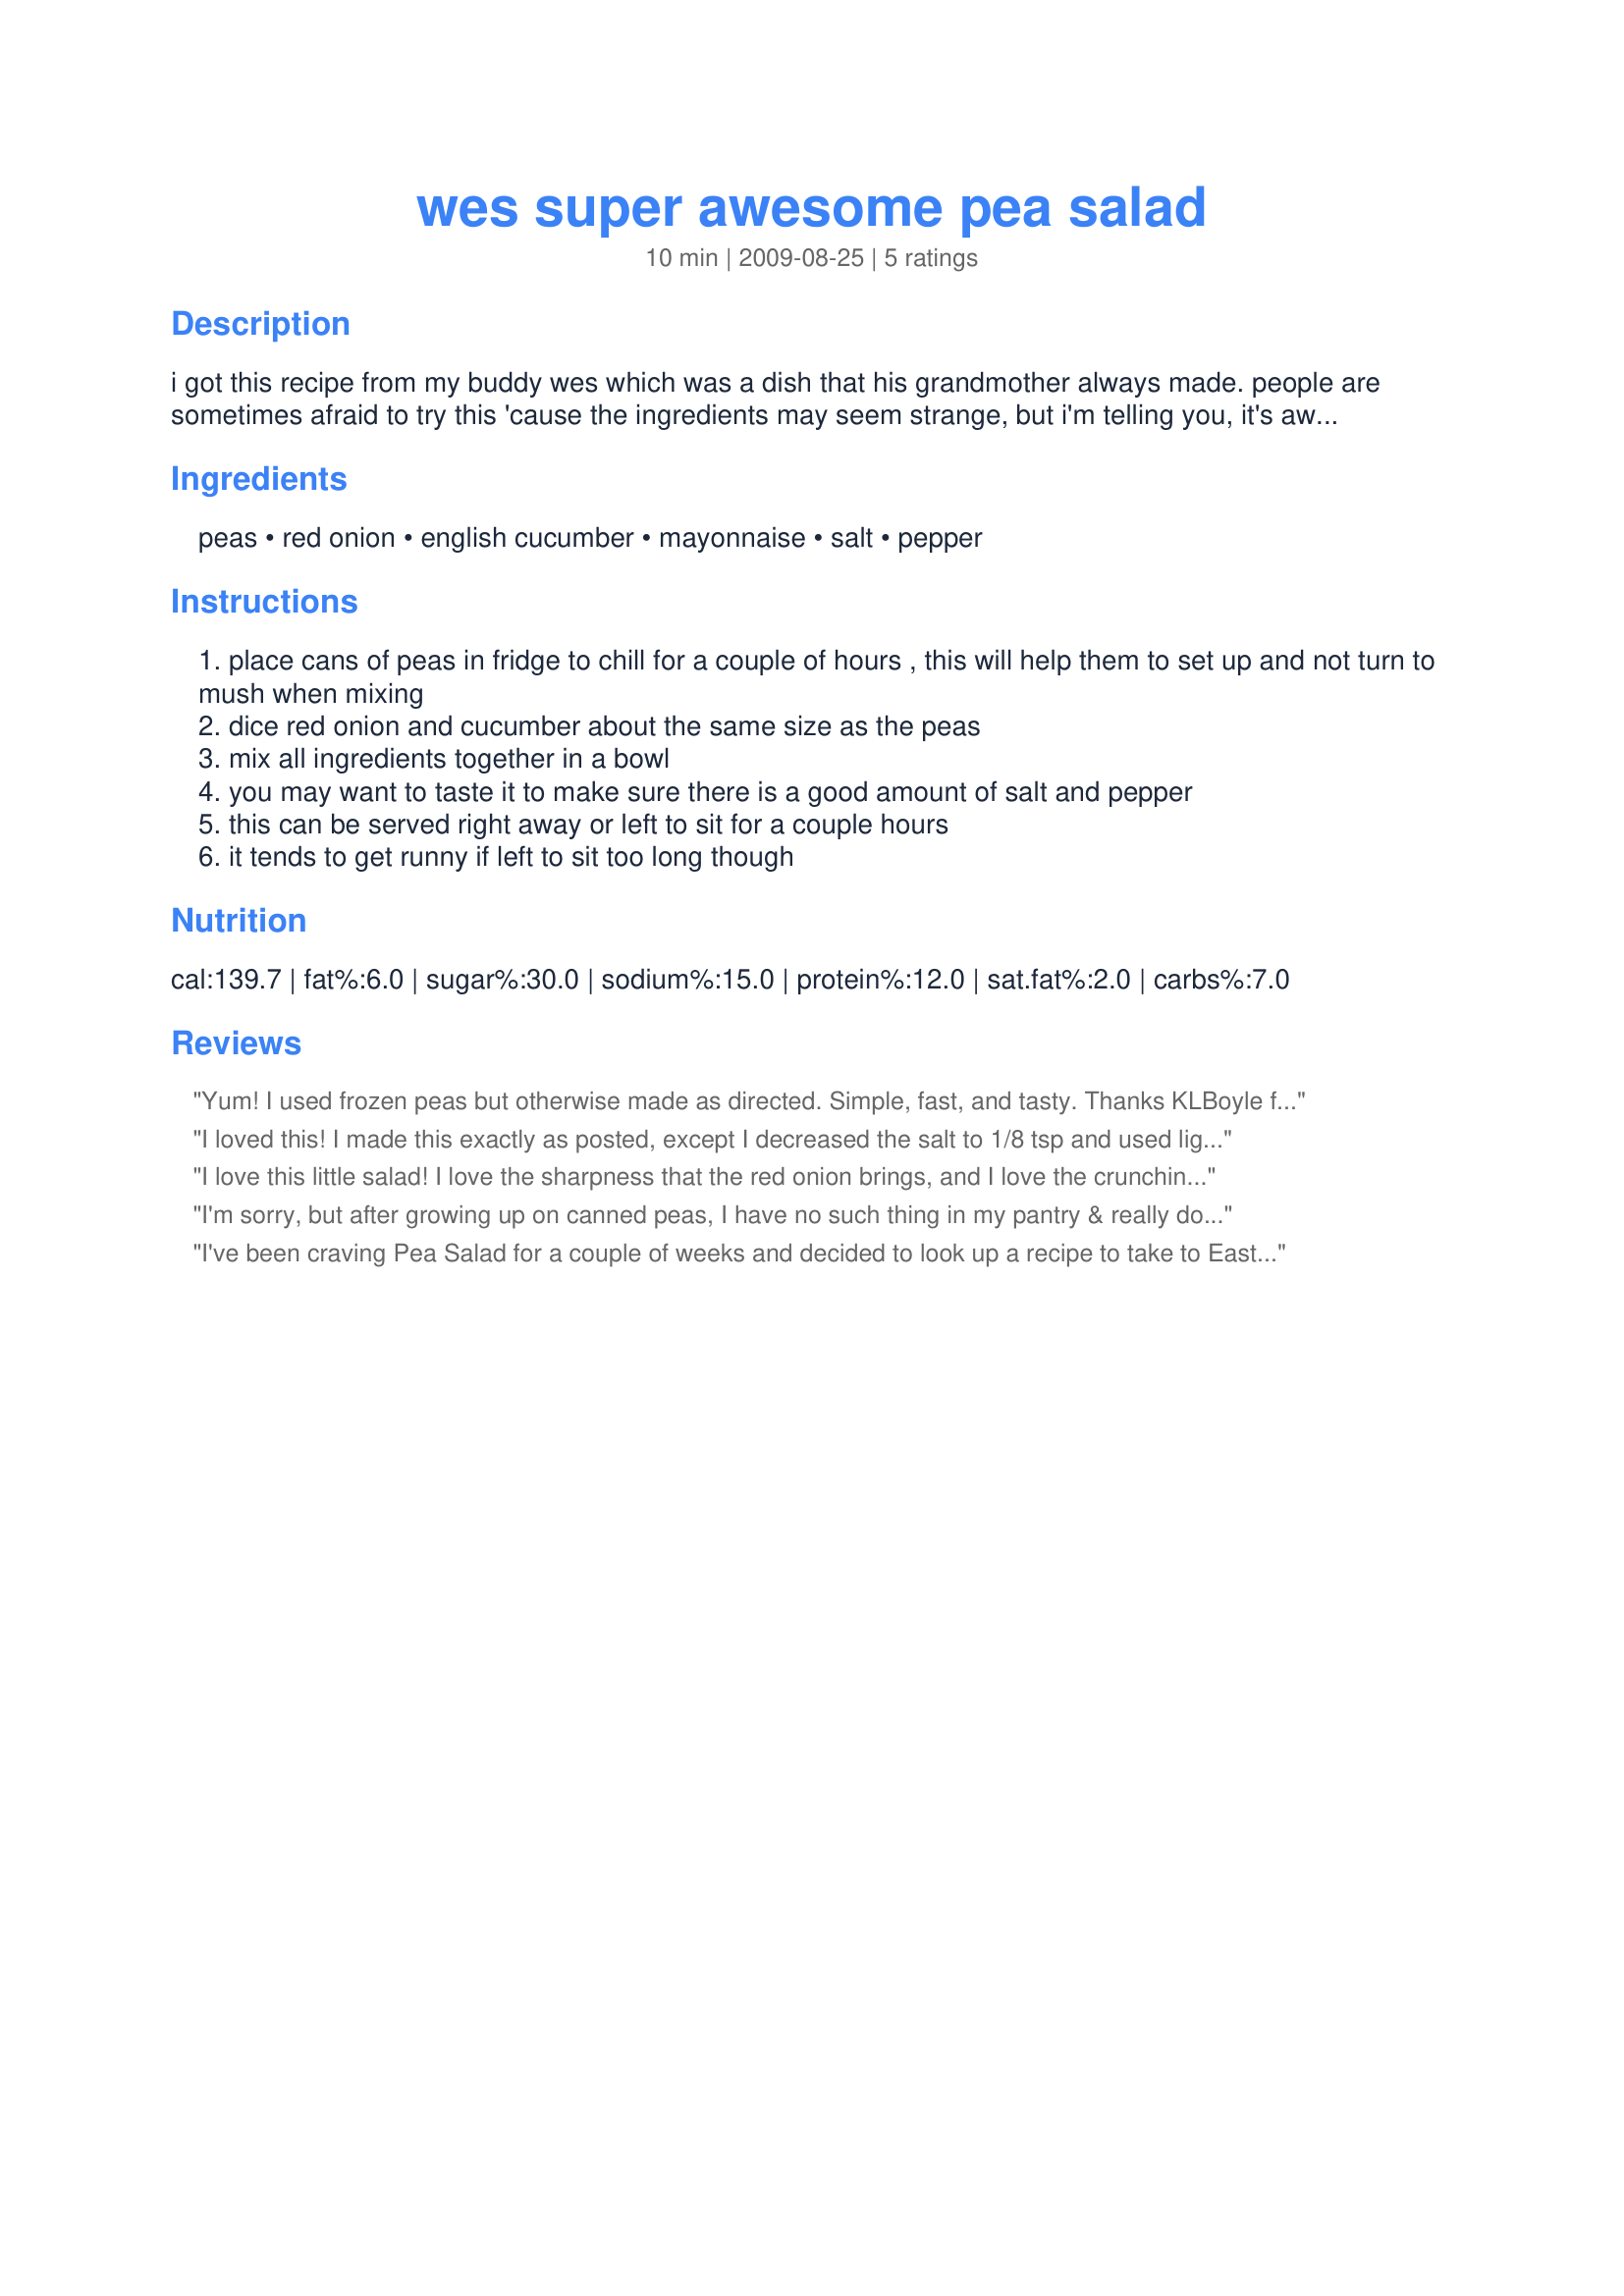
wes super awesome pea salad
Preparation time: 10 minutes

i got this recipe from my buddy wes which was a dish that his grandmother always made. people are sometimes afraid to try this 'cause the ingredients may seem strange, but i'm telling you, it's awesome! and once they try it they can't get enough. also, don't be afraid of the canned peas, they really do work better than fresh or frozen. this recipe can easily be doubled or tripled for larger groups. i hope you enjoy!

Ingredients:
peas, red onion, english cucumber, mayonnaise, salt, pepper

Steps:
place cans of peas in fridge to chill for a couple of hours , this will help them to set up and not turn to mush when mixing
dice red onion and cucumber about the same size as the peas
mix all ingredients together in a bowl
you may want to taste it to make sure there is a good amount of salt and pepper
this can be served right away or left to sit for a couple hours
it tends to get runny if left to sit too long though

Reviews:
Yum! I used frozen peas but otherwise made as directed. Simple, fast, and tasty. Thanks KLBoyle for a nice side dish. Made for Please Review My Recipe tag.
I loved this! I made this exactly as posted, except I decreased the salt to 1/8 tsp and used light mayo. Since the peas were canned and I didn't buy no-salt-added peas, I thought they would already have enough salt. I also drained my peas before adding to the mayo, red onions, and cucumbers. Great new way to eat your peas! Thanks for sharing.
I love this little salad! I love the sharpness that the red onion brings, and I love the crunchiness of the English cucumber. I also used frozen peas since I didn't have any canned peas, but, personally, I didn't think it changed the taste all that much.
I'm sorry, but after growing up on canned peas, I have no such thing in my pantry & really don't want 'em, so I stuck with the frozen ones (at least this first time around, although now that I've ready your intro, my curiosity will probably get the better of me, & I'll have to TRY it with the canned stuff)! Anyway, we loved this salad ~ Easy to make & very easy to enjoy! Will be making it again, for sure! Thanks for sharing the recipe! [Made & reviewed as a THANK YOU for playing with us in Please Review My Recipe during the recent tour]
I've been craving Pea Salad for a couple of weeks and decided to look up a recipe to take to Easter dinner.. this is the ONE! I changed two things, I added 1/3 cup Mild Cheddar cheese (I'm a cheese lover) and substituted in frozen peas (which I always prefer). I love the bite of the pepper and onion, gives it the right amount of kick. This recipe was so simple, I'm glad I found it! Two thumbs up (:
